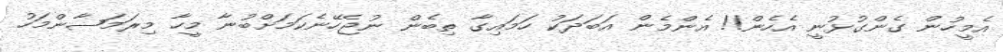
އެމީހުން ގެންގުޅުނީ އެހެން!! އެންމެން އަބަދަކު ހަމައިގާ ތިބެން ނުޖެހޭނެކަމަށްބުނާ މީހާ މިރަމަޟާންމަހު